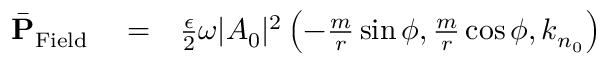
\begin{array} { r l r } { \bar { \bf P } _ { \mathrm { F i e l d } } } & { { } = } & { \frac { \epsilon } { 2 } \omega | A _ { 0 } | ^ { 2 } \left( - \frac { m } { r } \sin \phi , \frac { m } { r } \cos \phi , k _ { n _ { 0 } } \right) } \end{array}